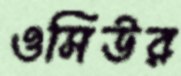
ওসিউর